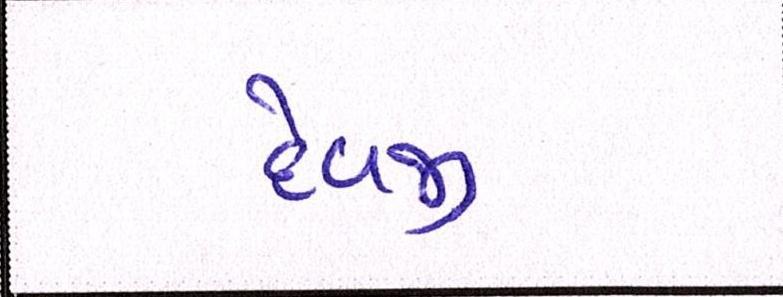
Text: દેવજી